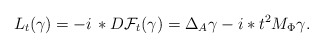
\begin{align*}L_t(\gamma) = -i \,\ast D\mathcal F_t (\gamma) = \Delta_A \gamma - i \ast t^2 M_\Phi \gamma.\end{align*}